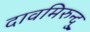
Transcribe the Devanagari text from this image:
दावमिरुन्दु